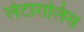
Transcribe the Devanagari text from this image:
लेटारालिस